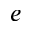
e